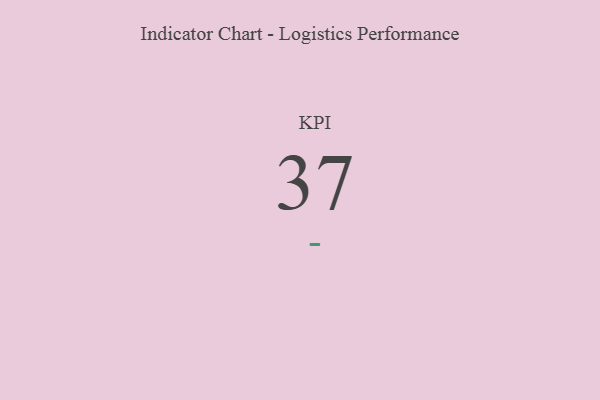
{"axis": {"x": "KPI", "y": "Value"}, "legend": [""], "data": [{"x": "KPI", "y": 37, "type": ""}]}